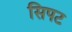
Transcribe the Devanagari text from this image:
सिपट